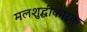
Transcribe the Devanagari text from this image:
मलशुद्धीकारक